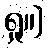
ရှု။]